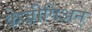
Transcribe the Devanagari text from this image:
केजीपिअन्